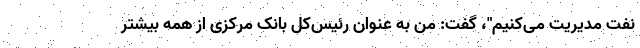
نفت مدیریت می‌کنیم"، گفت: من به عنوان رئیس‌کل بانک مرکزی از همه بیشتر